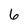
Character: 6